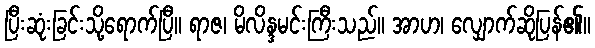
ပြီးဆုံးခြင်းသို့ရောက်ပြီ။ ရာဇ၊ မိလိန္ဒမင်းကြီးသည်။ အာဟ၊ လျှောက်ဆိုပြန်၏။